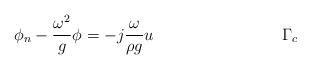
LaTeX: \begin{align*} \phi_n -\frac{\omega^2}{g}\phi &= -j\frac{\omega}{\rho g}u & \Gamma_c\end{align*}